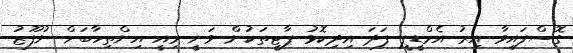
ގޮސްފައިވާ އިރު އެމްޑީޕީ ފަދަ އިދިކޮޅު ޕާޓީތަކުން ވަނީ މިއީ އިންތިހާބަށް ނުފޫޒު